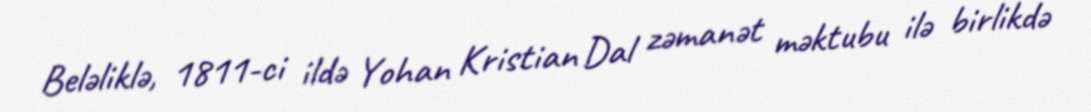
Beləliklə, 1811-ci ildə Yohan Kristian Dal zəmanət məktubu ilə birlikdə